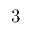
3